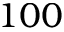
1 0 0